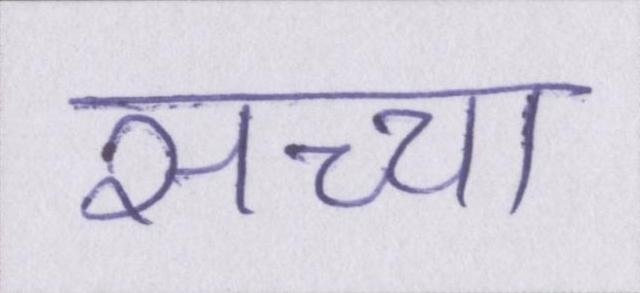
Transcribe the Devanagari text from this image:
सच्चा